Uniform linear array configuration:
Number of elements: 12
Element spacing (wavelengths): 0.5
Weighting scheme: cosine
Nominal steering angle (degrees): -30
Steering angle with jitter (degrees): -29.911
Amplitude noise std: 0.05
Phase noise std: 0.05

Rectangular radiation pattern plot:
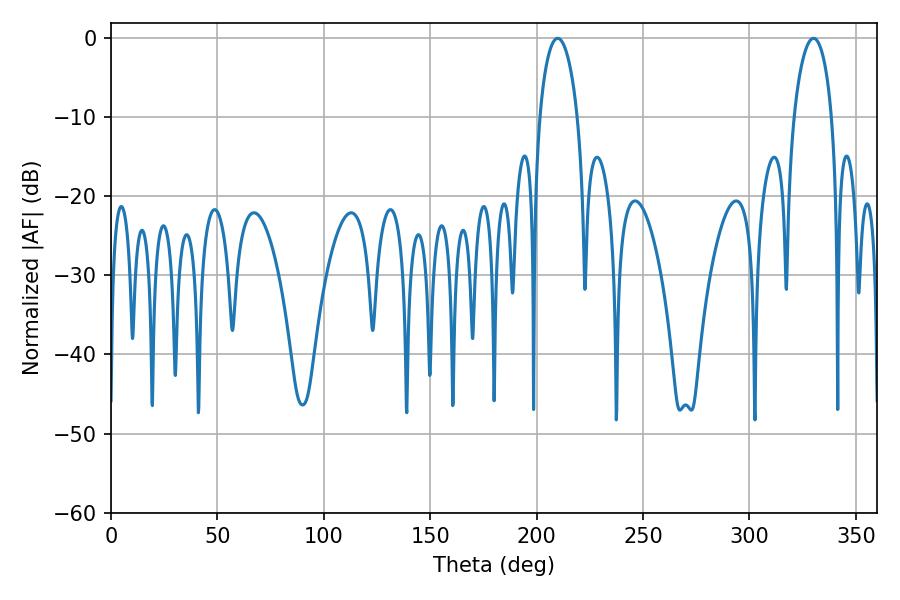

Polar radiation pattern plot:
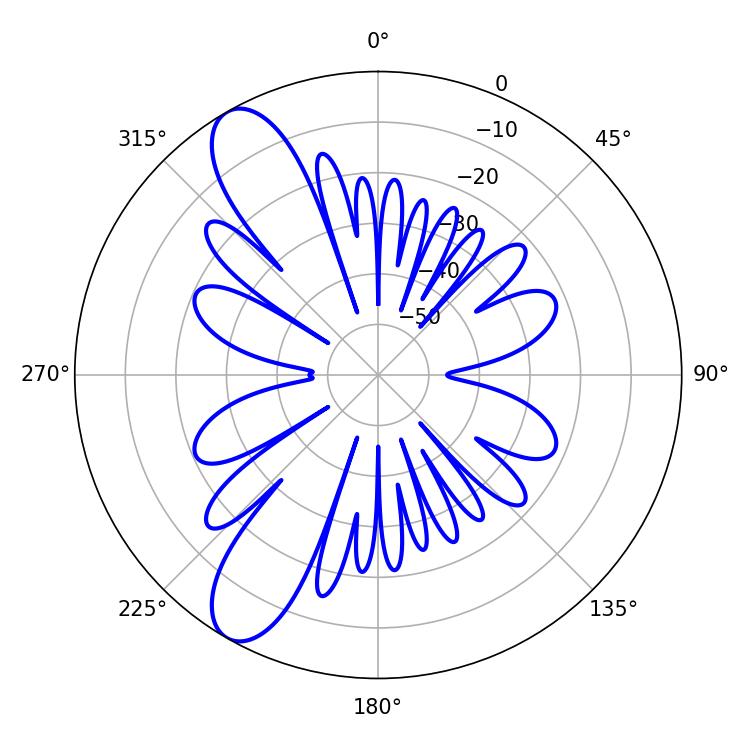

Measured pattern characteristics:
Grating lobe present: FALSE
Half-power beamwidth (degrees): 10.08
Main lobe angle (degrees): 209.88